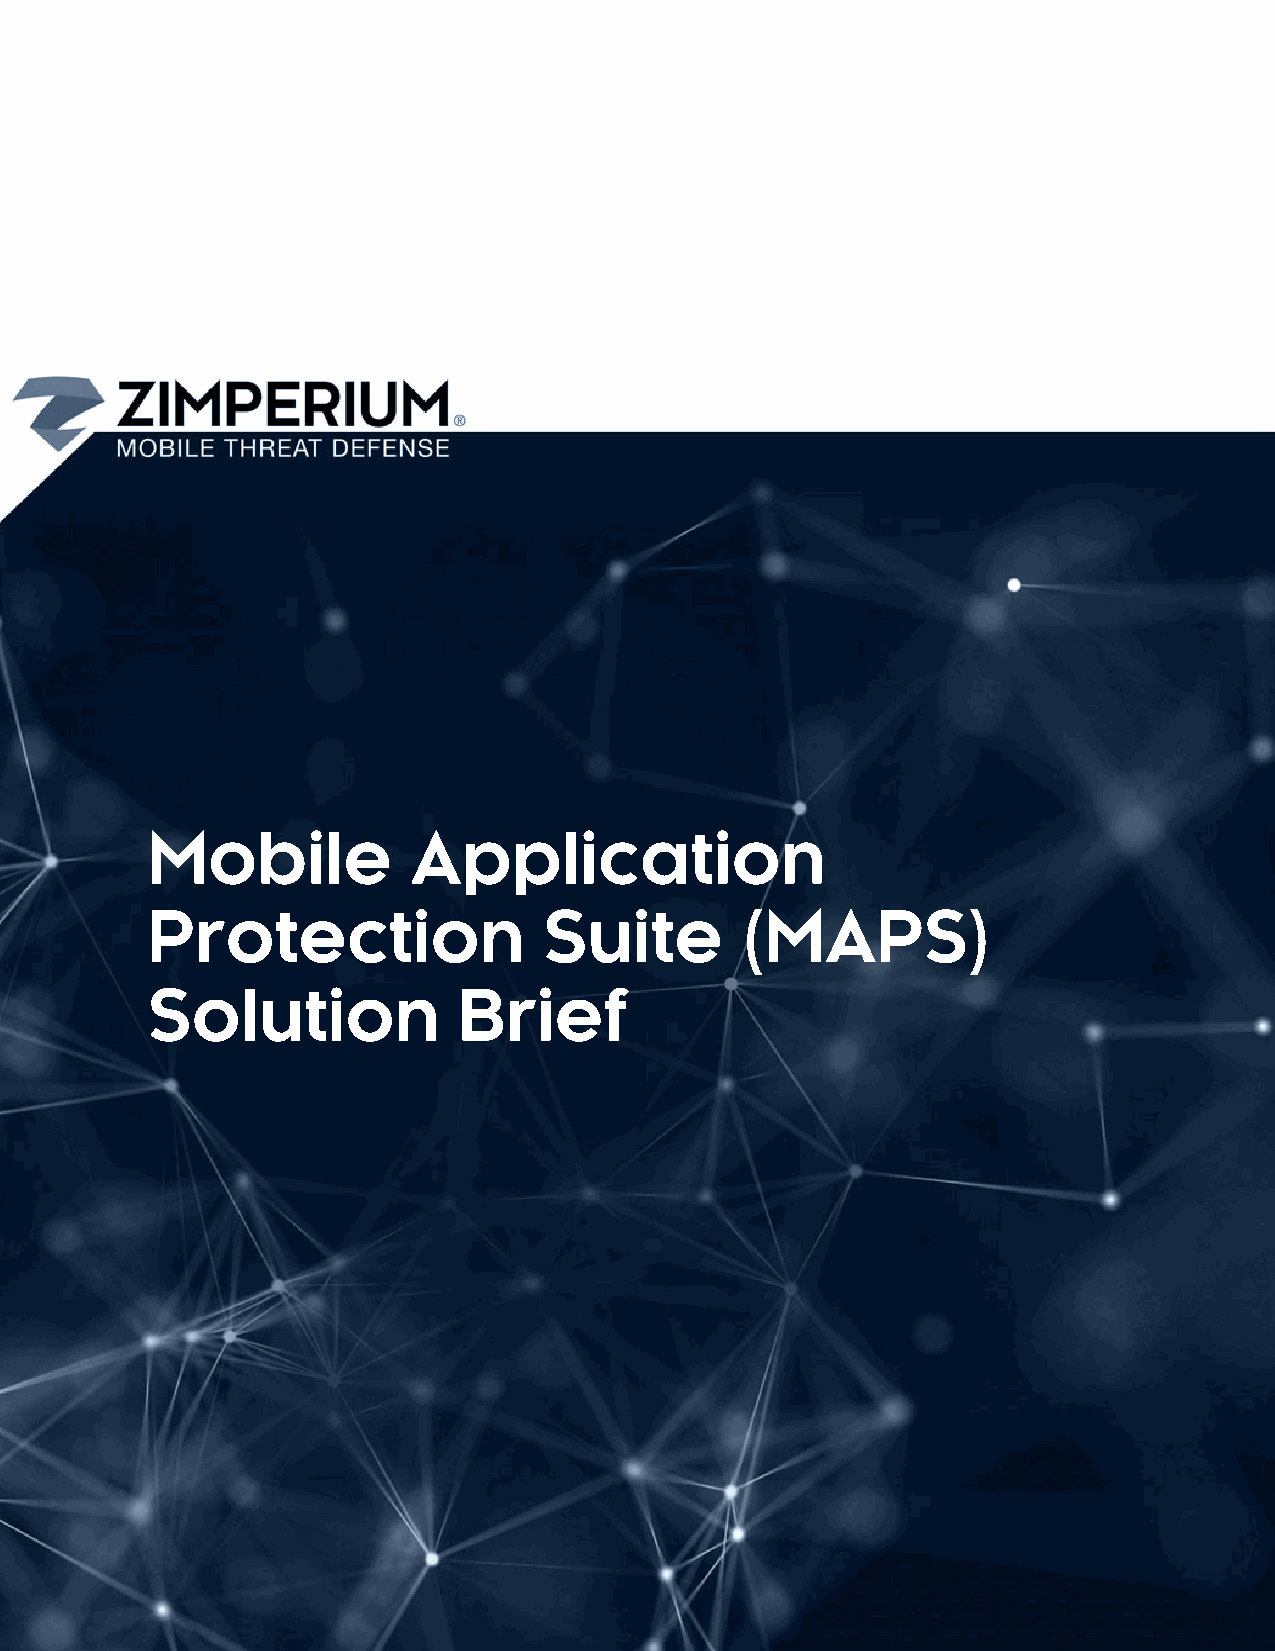
Mobile           Application
 Protection                Suite        (MAPS)
 Solution            Brief